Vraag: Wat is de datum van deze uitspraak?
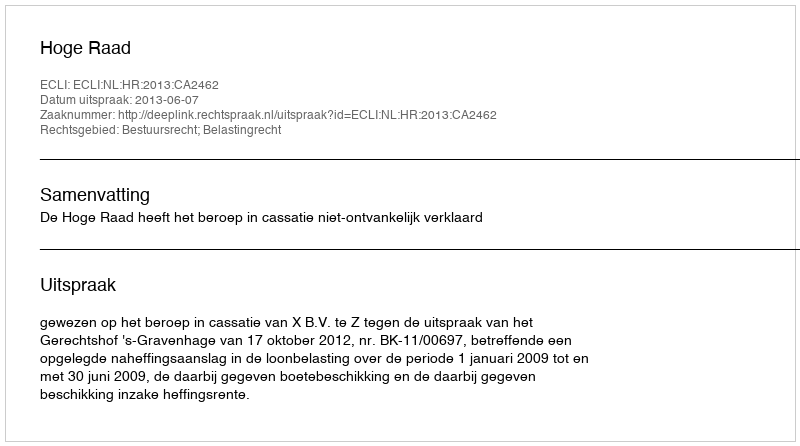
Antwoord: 2013-06-07